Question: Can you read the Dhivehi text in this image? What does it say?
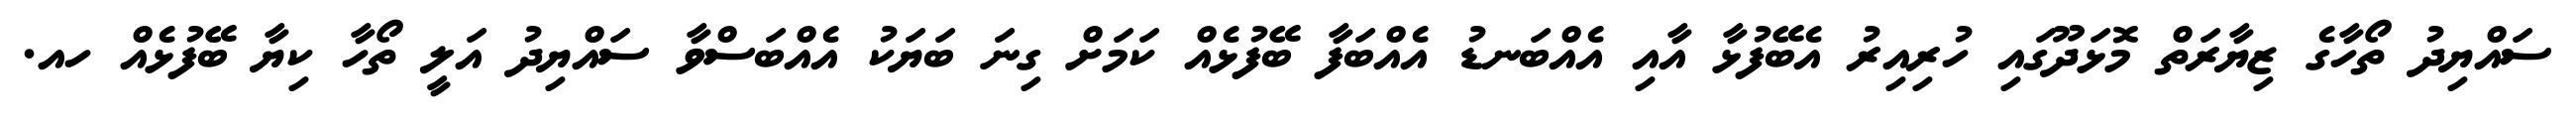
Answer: ސައްޔިދު ތޯހާގެ ޒިޔާރަތް މޮޅަދޫގައި ހުރިއިރު އެބޭފުޅާ އާއި އެއްބަނޑު އެއްބަފާ ބޭފުޅެއް ކަމަށް ގިނަ ބަޔަކު އެއްބަސްވާ ސައްޔިދު އަލީ ތޯހާ ކިޔާ ބޭފުޅެއް ހއ.